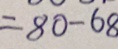
= 8 0 - 6 8